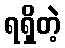
ရရှိတဲ့